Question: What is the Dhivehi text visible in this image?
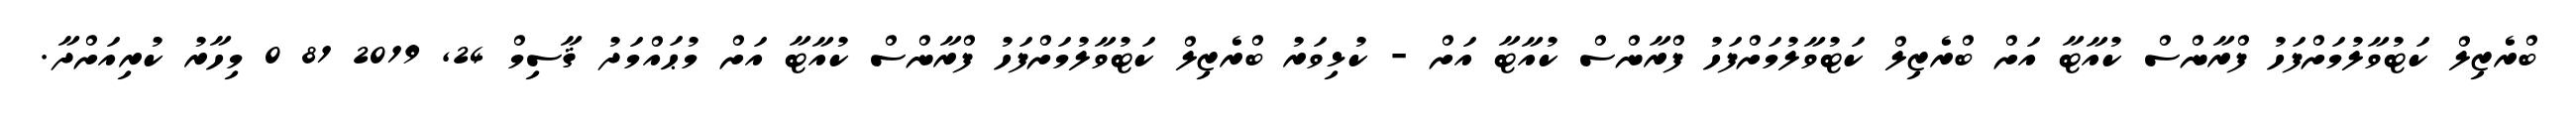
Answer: ބްރެޒިލް ކަޓުވާލުމަށްފަހު ފްރާންސް ކުއާޓާ އަށް ބްރެޒިލް ކަޓުވާލުމަށްފަހު ފްރާންސް ކުއާޓާ އަށް - ކުޅިވަރު ބްރެޒިލް ކަޓުވާލުމަށްފަހު ފްރާންސް ކުއާޓާ އަށް މުޙައްމަދު ޤާސިމް 24, 2019 81 0 މިހާރު ކުރިއަށްދާ.